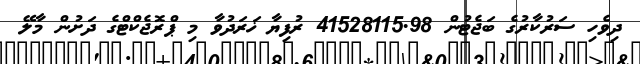
ދިވެހި ސަރުކާރުގެ ބަޖެޓުން 41528115.98 ރުފިޔާ ޚަރަދުވާ މި ޕްރޮޖެކްޓްގެ ދަށުން މާލޭ